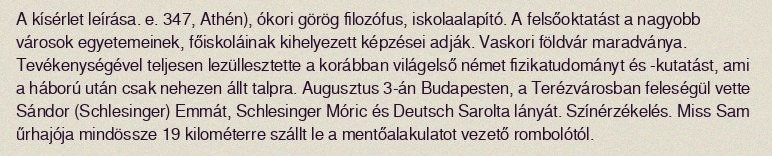
A kísérlet leírása. e. 347, Athén), ókori görög filozófus, iskolaalapító. A felsőoktatást a nagyobb városok egyetemeinek, főiskoláinak kihelyezett képzései adják. Vaskori földvár maradványa. Tevékenységével teljesen lezüllesztette a korábban világelső német fizikatudományt és -kutatást, ami a háború után csak nehezen állt talpra. Augusztus 3-án Budapesten, a Terézvárosban feleségül vette Sándor (Schlesinger) Emmát, Schlesinger Móric és Deutsch Sarolta lányát. Színérzékelés. Miss Sam űrhajója mindössze 19 kilométerre szállt le a mentőalakulatot vezető rombolótól.